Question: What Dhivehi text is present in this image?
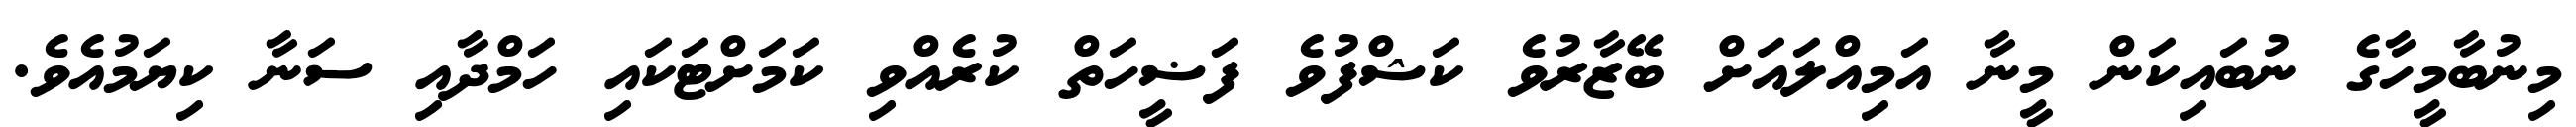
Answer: މިނުބާމީހާގެ ނުބައިކަން މީނާ އަމިއްލައަށް ބޭޒާރުވެ ކަޝްފުވެ ފަޟީހަތް ކުރެއްވި ކަމަށްޓަކައި ހަމްދާއި ސަނާ ކިޔަމުއެވެ.